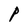
Character: P